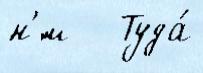
н'́м   Туда́